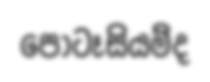
පොටෑසියම්ද